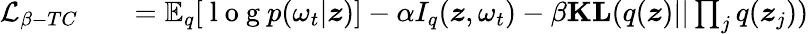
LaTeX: \begin{array}{rlr}{\mathcal{L}_{\beta-TC}}&{{}}&{=\mathbb{E}_{q}[\mathrm{~l~o~g~}p(\omega_{t}|\boldsymbol{z})]-\alpha I_{q}(\boldsymbol{z},\omega_{t})-\beta\textbf{KL}(q(\boldsymbol{z})||\prod_{j}q(\boldsymbol{z}_{j}))}\end{array}